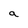
Character: a